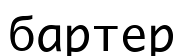
бартер